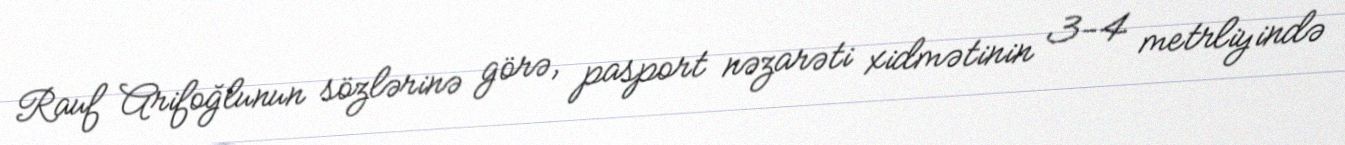
Rauf Arifoğlunun sözlərinə görə, pasport nəzarəti xidmətinin 3-4 metrliyində